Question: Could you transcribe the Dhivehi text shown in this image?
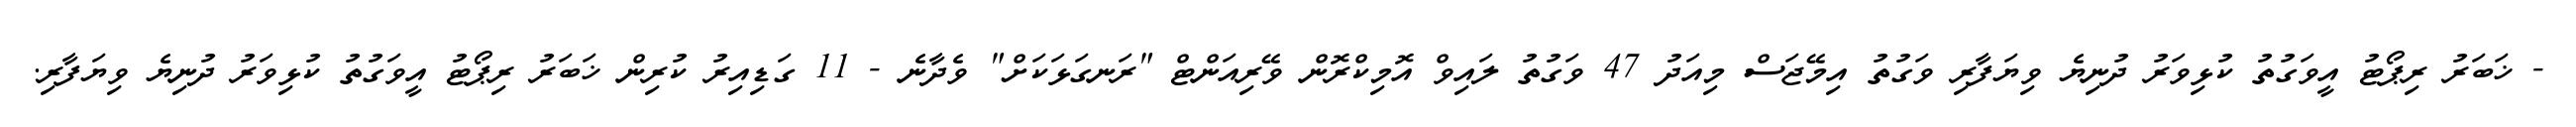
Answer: - ޚަބަރު ރިޕޯޓު އީވަގުތު ކުޅިވަރު ދުނިޔެ ވިޔަފާރި ވަގުތު އިމޭޖަސް މިއަދު 47 ވަގުތު ލައިވް އޮމިކްރޮން ވޭރިއަންޓް "ރަނގަޅަކަށް" ވެދާނެ - 11 ގަޑިއިރު ކުރިން ޚަބަރު ރިޕޯޓު އީވަގުތު ކުޅިވަރު ދުނިޔެ ވިޔަފާރި.